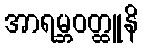
အာရမ္ဘဝတ္ထူနိ